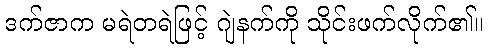
ဒက်ဇာက မရဲတရဲဖြင့် ဂျဲနက်ကို သိုင်းဖက်လိုက်၏။